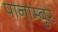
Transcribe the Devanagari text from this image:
पानाम्बुर